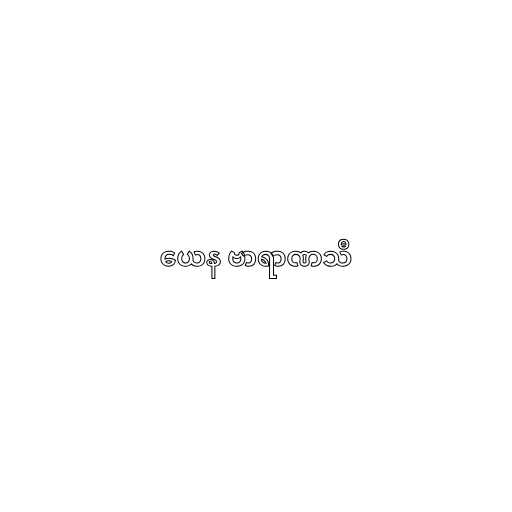
ယေန ဗာရာဏသီ